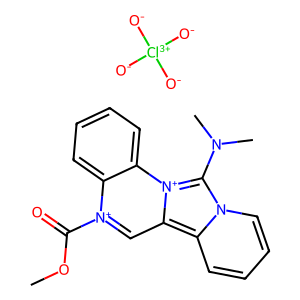
SMILES: COC(=O)[n+]1cc2c3ccccn3c(N(C)C)[n+]2c2ccccc21.[O-][Cl+3]([O-])([O-])[O-]
Inhibits HIV replication: No